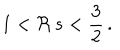
1 < \Re \, s < \frac { 3 } { 2 } \, .